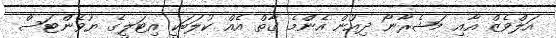
އަލްވެޒް އާއި މަޝެރާނޯ ދިއުން އެންމެ ގާތް އެއް ކުލަބަކީ އިޓަލީގެ ޔުވެންޓަސް